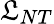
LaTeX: {\mathfrak{L}}_{NT}